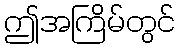
ဤအကြိမ်တွင်